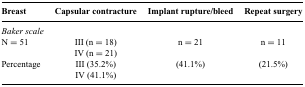
| Breast | Capsular contracture | Implant rupture/bleed | Repeat surgery |
 | --- | --- | --- | --- |
 | Baker scale |  |  |  |
 | N = 51 | III (n = 18) | n = 21 | n = 11 |
 |  | IV (n = 21) |  |  |
 | Percentage | III (35.2%) | (41.1%) | (21.5%) |
 |  | IV (41.1%) |  |  |